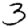
Digit: 3